Vaccination in Bombay 1863-1868 - 1863-1868
Year: 1863
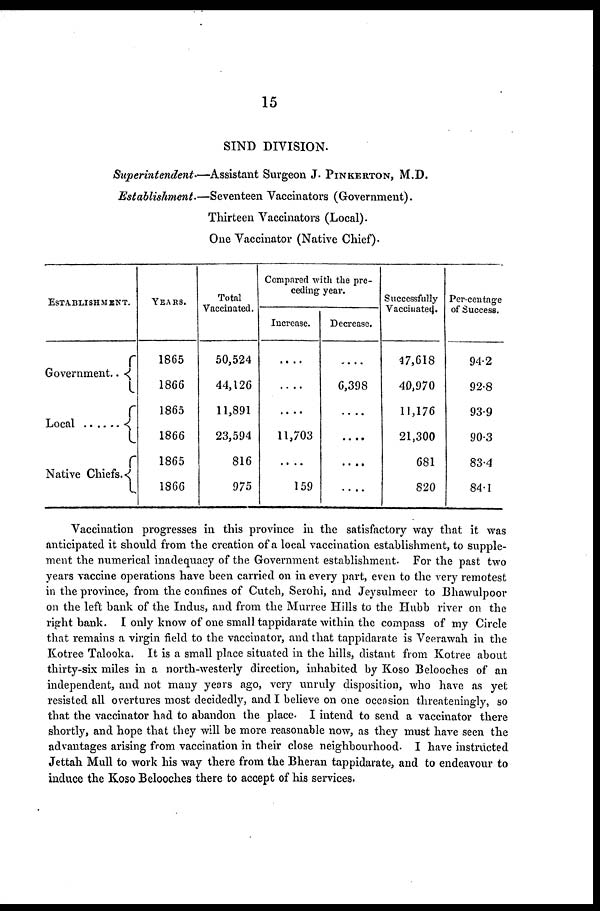
15
SIND DIVISION.
Superintendent—Assistant
Surgeon J. PINKERTON, M.D.
Establishment.—Seventeen
Vaccinators (Government).
Thirteen Vaccinators (Local).
One Vaccinator (Native Chief).
ESTABLISHMENT.
Government..
Local .......
Native Chiefs.
YEARS.
1865
1866
1865
1866
1865
1866
Total
Vaccinated.
50,524
44,126
11,891
23,594
816
975
Compared with the pre-
ceding year.
Increase.
....
....
....
11,703
....
159
Decrease.
....
6,398
....
....
....
....
Successfully
Vaccinated.
47,618
40,970
11,176
21,300
681
820
Per-centage
of Success.
94.2
92.8
93.9
90.3
83.4
84.1
Vaccination progresses in this province in the satisfactory way that it was
anticipated it should from the creation of a local vaccination establishment, to supple-
ment the numerical inadequacy of the Government establishment. For the past two
years vaccine operations have been carried on in every part, even to the very remotest
in the province, from the confines of Cutch, Serohi, and Jeysulmeer to Bhawulpoor
on the left bank of the Indus, and from the Murree Hills to the Hubb river on the
right bank. I only know of one small tappidarate within the compass of my Circle
that remains a virgin field to the vaccinator, and that tappidarate is Veerawah in the
Kotree Talooka. It is a small place situated in the hills, distant from Kotree about
thirty-six miles in a north-westerly direction, inhabited by Koso Belooches of an
independent, and not many years ago, very unruly disposition, who have as yet
resisted all overtures most decidedly, and I believe on one occasion threateningly, so
that the vaccinator had to abandon the place. I intend to send a vaccinator there
shortly, and hope that they will be more reasonable now, as they must have seen the
advantages arising from vaccination in their close neighbourhood. I have instructed
Jettah Mull to work his way there from the Bheran tappidarate, and to endeavour to
induce the Koso Belooches there to accept of his services.